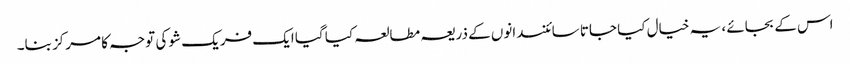
اس کے بجائے ، یہ خیال کیا جاتا سائنسدانوں کے ذریعہ مطالعہ کیا گیا ایک فریک شو کی توجہ کا مرکز بنا۔